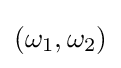
\left(\omega _{1},\omega _{2}\right)